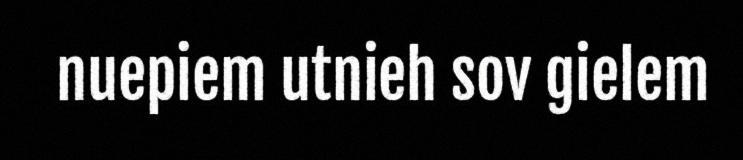
nuepiem utnieh sov gielem